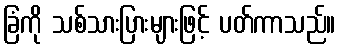
ခြံကို သစ်သားပြားများဖြင့် ပတ်ကာသည်။